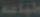
طباعة